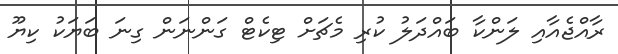
ރާއްޖެއާއި ލަންކާ ބައްދަލު ކުރި މެޗަށް ޓިކެޓް ގަންނަން ގިނަ ބަޔަކު ކިޔޫ